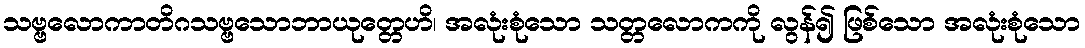
သဗ္ဗလောကာတိဂသဗ္ဗသောဘာယုတ္တေဟိ၊ အလုံးစုံသော သတ္တလောကကို လွန်၍ ဖြစ်သော အလုံးစုံသော